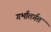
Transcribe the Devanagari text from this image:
गर्भांतर्गत